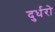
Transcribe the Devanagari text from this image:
दुर्धरो